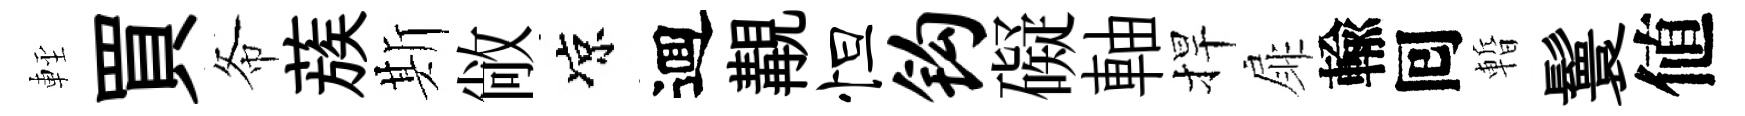
䡖買𢁙蔟斯敞凉逥覯怛钩礙軸捍扉輸囘暫鬟値